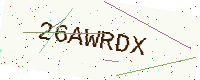
Text: 26AWRDX